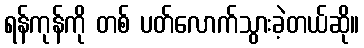
ရန်ကုန်ကို တစ် ပတ်လောက်သွားခဲ့တယ်ဆို။